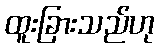
ထူးခြားသည်ဟု